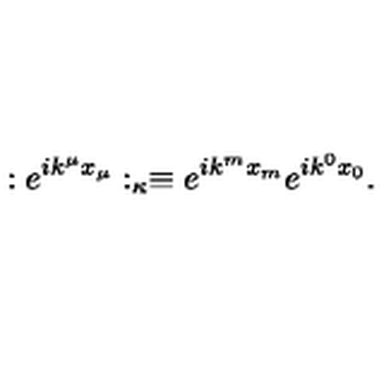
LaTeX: : e ^ { i k ^ { \mu } x _ { \mu } } : _ { \kappa } \equiv e ^ { i k ^ { m } x _ { m } } e ^ { i k ^ { 0 } x _ { 0 } } .